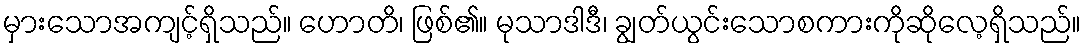
မှားသောအကျင့်ရှိသည်။ ဟောတိ၊ ဖြစ်၏။ မုသာဒါဒီ၊ ချွတ်ယွင်းသောစကားကိုဆိုလေ့ရှိသည်။